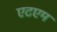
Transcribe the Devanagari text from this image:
एटएम